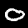
Digit: 0